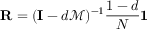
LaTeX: \mathbf { R } = ( \mathbf { I } - d { \mathcal { M } } ) ^ { - 1 } { \frac { 1 - d } { N } } \mathbf { 1 }